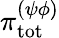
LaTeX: {\pi}_{\mathrm{tot}}^{(\psi\phi)}